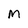
Character: M